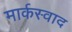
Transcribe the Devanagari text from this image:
मार्कस्वाद